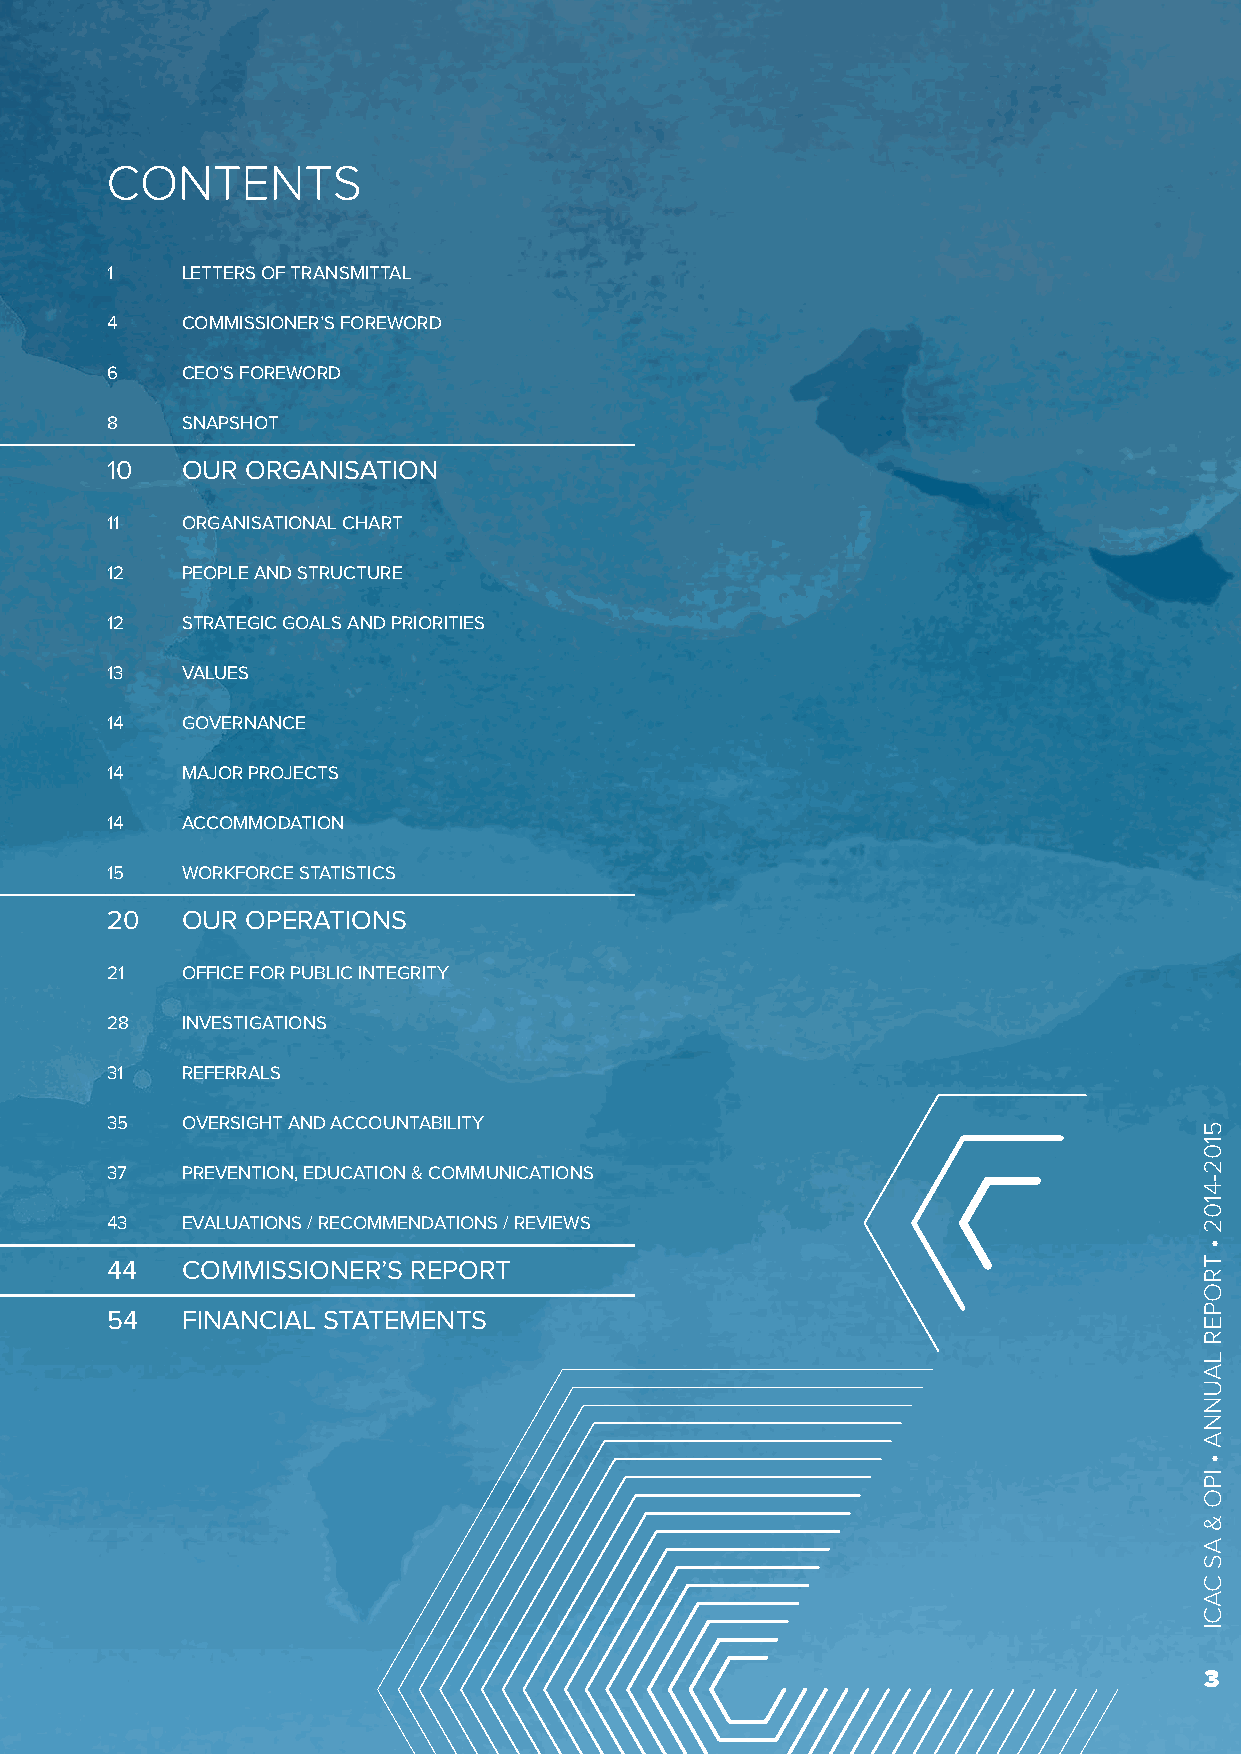
CONTENTS
 1    LETTERS OF TRANSMITTAL
 4    COMMISSIONER’S FOREWORD
 6    CEO’S FOREWORD
 8    SNAPSHOT
 10   OUR ORGANISATION
 11   ORGANISATIONAL CHART
 12   PEOPLE AND STRUCTURE
 12   STRATEGIC GOALS AND PRIORITIES
 13   VALUES
 14   GOVERNANCE
 14   MAJOR PROJECTS
 14   ACCOMMODATION
 15   WORKFORCE STATISTICS
 20   OUR OPERATIONS
 21   OFFICE FOR PUBLIC INTEGRITY
 28   INVESTIGATIONS
 31   REFERRALS
 35   OVERSIGHT AND ACCOUNTABILITY
 37   PREVENTION, EDUCATION & COMMUNICATIONS
 43   EVALUATIONS / RECOMMENDATIONS / REVIEWS
 44   COMMISSIONER’S REPORT
 54   FINANCIAL STATEMENTS
 3
 5102-4102
 •
 TROPER
 LAUNNA
 •
 IPO
 &
 AS
 CACI